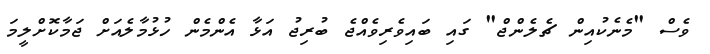
ވެސް "މެނެކުއިން ޗެލެންޖް" ގައި ބައިވެރިވެއްޖެ ބުރިޖު އަޅާ އެންމެން ހުޅުމާލެއަށް ޖަމާކޮށްލީމަ